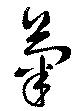
菊